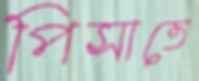
পিসাতে